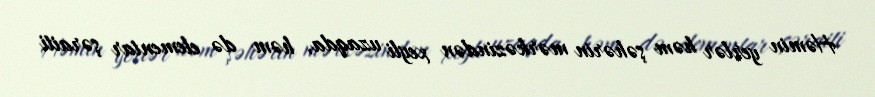
Həmin yerlər həm şəhərin mərkəzindən xeyli uzaqda, həm də elementar şəraiti